Annual report of the Civil Veterinary Department, Bengal, and of the Bengal Veterinary College for the year 1904-1905 - 1904-1905
Year: 1904
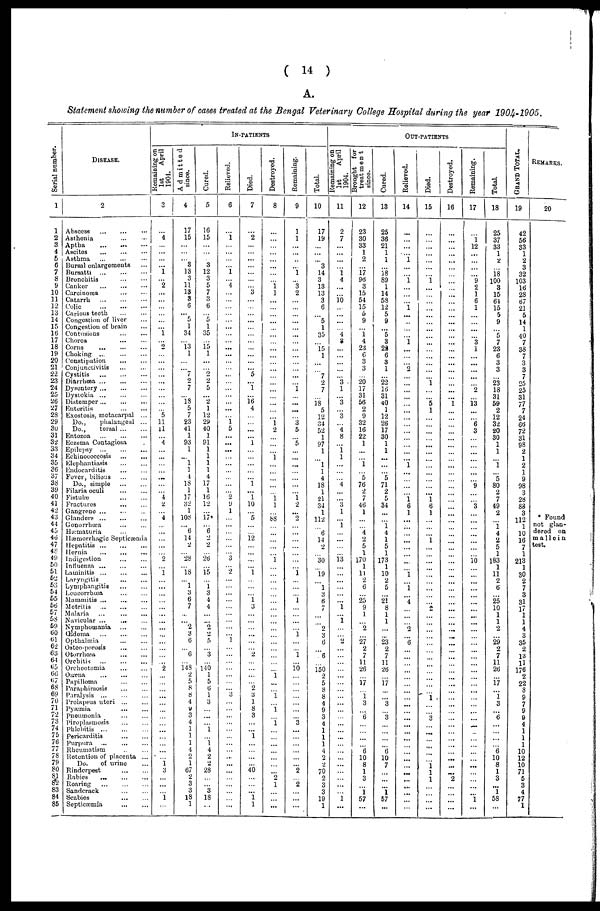
(
14
)
A.
Statement
showing
the number
of cases treated
at the Bengal
Veterinary
College
Hospital
during
the year
1904-1905.
Serial number.
1
1
2
3
4
5
6
7
8
9
10
11
12
13
14
15
16
17
18
19
20
21
22
23
24
25
26
27
28
29
30
31
32
33
34
35
36
37
38
39
40
41
42
43
44
45
46
47
48
49
50
51
52
53
54
55
56
57
58
59
60
61
62
63
64
65
66
67
68
69
70
71
72
73
74
75
76
77
78
79
80
81
82
83
84
85
DISEASE.
2
Abscess
...
...
...
Asthenia ... ...
Aptha
...
...
...
Ascites
...
...
...
Asthma ... ... ...
Bursal enlargements ...
Bursatti
...
...
...
Bronchitis
...
...
Canker ... ... ...
Carcinoma
...
...
Catarrh
...
...
...
Colic
...
...
...
Carious teeth
...
...
Congestion of liver ...
Congestion of brain ...
Contusions
...
...
Chorea ... ...
Corns ... ... ...
Choking ...
...
...
Constipation
...
...
Conjunctivitis ... ...
Cystitis ... ... ...
Diarrhœa
...
...
...
Dysentery ... ... ...
Dystokia
...
...
...
Distemper
...
...
...
Enteritis ... ...
Exostosis, metacarpal ...
Do.,
phalangeal ...
Do.,
torsal ... ...
Entozoa
...
...
...
Eczema Contagiosa .
Epilepsy ...
...
...
Echinococcosis
...
...
Elephantiasis ... ...
Endocarditis ... ...
Fever, bilious ... ...
Do., simple ... ...
Filaria oculi
...
...
Fistulæ ... ...
Fractures
...
...
Gangrene ... ... ..
Glanders ... ... ...
Gonorrhœa
...
...
Hæmaturia ...
Hæmorrhagic Septicæmia
Hepatitis
...
...
...
Hernia
...
...
...
Indigestion
...
...
Influenza
...
...
...
Laminitis ... ... ...
Laryngitis ... ...
Lymphangitis
...
...
Loucorrhœa ... ...
Mammitis ... ... ...
Metritis ... ... ...
Malaria
...
...
...
Navicular
...
...
...
Nymphomania
...
...
Œdema ... ... ...
Opthalmia ... ...
Osteo-porosis ... ...
Otorrhœa
...
...
Orchitis
...
...
...
Orcheotomia
...
...
Ozæna
...
...
...
Papilloma ... ...
Paraphimosis ... ...
Paralysis ... ... ...
Prolapsus uteri
...
...
Pyæmia
...
...
Pneumonia ... ...
Piroplasmosis
...
...
Phlebitis
...
...
...
Pericarditis
...
...
Purpura ... ... ...
Rheumatism .. ...
Retention of placenta ...
Do.
of mine ...
Rinderpest
...
...
Rabies
...
...
...
Roaring
...
...
...
Sandcrack
...
...
Scabies ... ...
Septicæmia
...
...
Remaining on
1st
April
1904.
3
...
4
...
...
...
...
1
...
2
...
...
...
...
...
...
1
...
2
...
...
...
...
...
...
...
...
...
5
11
11
...
4
...
...
...
...
...
...
...
4
2
......
4
...
...
...
...
...
2
...
1
...
...
...
...
...
...
...
...
...
...
...
...
...
2
...
...
...
...
...
...
...
...
...
...
...
...
...
1
3
...
...
...
1
...
Admitted
since.
4
17
15
...
...
...
3
13
3
11
13
3
6
...
5
1
34
...
13
1
...
...
7
2
7
...
18
5
7
23
41
1
93
1
...
1
1
4
18
1
17
32
1
108
...
6
14
2
...
28
...
18
...
1
3
6
7
...
...
2
3
6
...
6
...
148
2
5
8
8
4
a
3
4
1
1
1
4
2
1
67
2
3
3
18
1
Cured.
5
16
15
...
...
...
3
12
3
5
7
3
6
...
5
1
35
...
15
1
...
...
2
2
5
...
2
1
12
29
40
1
91
1
1
1
1
4
17
1
16
12
...
17*
...
6
2
2
...
26
...
15
...
1
3
4
4
...
...
2
2
5
...
3
...
140
1
5
6
1
3
...
...
1
...
1
4
2
2
28
...
...
3
18
...
IN-PATIENTS
Relieved.
6
...
1
...
...
...
...
1
...
4
...
...
...
...
...
...
...
...
...
...
...
...
...
...
...
...
...
...
...
1
5
...
...
...
...
...
...
...
...
...
2
9
1
...
...
...
...
...
...
3
...
2
...
...
...
...
...
...
...
...
...
1
...
...
...
...
...
...
...
3
...
...
...
...
...
...
...
...
...
...
...
...
...
...
...
...
Died.
7
...
2
...
...
...
...
...
...
...
3
...
...
...
...
...
...
...
...
...
...
...
5
...
1
...
16
4
...
...
...
...
1
...
...
...
...
...
1
...
1
10
...
5
...
...
12
...
...
...
...
1
...
...
...
1
3
...
...
...
...
...
...
2
...
...
...
...
2
3
1
8
3
...
...
1
...
...
...
...
40
...
...
...
1
1
Destroyed.
8
...
...
...
...
...
...
...
...
1
1
...
...
...
...
...
...
...
...
...
...
...
...
...
...
...
...
...
...
1
2
...
...
...
1
...
...
...
...
...
1
1
...
88
...
...
...
...
...
1
...
...
...
...
...
...
...
...
...
...
...
...
...
...
...
...
1
...
...
1
...
1
...
1
...
...
...
...
...
...
...
2
1
...
...
...
Remaining.
9
1
1
...
...
...
...
1
...
3
2
...
...
...
...
...
...
...
...
...
...
...
...
...
1
...
...
...
...
3
5
...
5
...
...
...
...
...
...
...
1
2
...
2
...
...
...
...
...
...
...
1
...
...
1
...
...
...
...
1
...
...
1
...
10
...
...
...
...
...
...
...
3
...
...
...
...
...
...
2
...
2
...
...
...
Total.
10
17
19
...
...
...
3
14
3
13
13
3
6
...
5
1
35
...
15
1
...
...
7
2
7
...
18
5
12
34
52
1
97
1
...
1
1
4
18
1
21
34
1
112
...
6
14
2
...
30
...
19
...
1
3
6
7
...
...
2
3
6
...
6
...
150
2
5
8
8
4
9
3
4
1
1
1
4
2
2
70
2
3
3
19
1
Remaining on
1st
April
1904.
11
2
7
...
...
...
...
1
4
...
...
10
...
...
...
...
4
3
...
...
...
...
...
3
1
...
3
...
3
...
4
8
...
1
1
...
...
...
4
...
...
3
1
...
1
...
...
...
...
13
...
...
...
...
...
...
1
...
1
...
...
2
...
...
...
...
...
...
...
...
...
...
...
...
...
...
...
...
...
...
...
...
...
...
1
...
Brought for
treatment
since.
12
23
30
33
1
2
...
17
96
3
15
54
15
5
9
...
1
4
23
6
3
3
...
20
17
31
56
2
9
32
16
22
1
...
...
1
...
5
76
2
7
46
1
...
...
4
2
5
1
170
1
11
2
6
...
25
9
1
...
2
...
27
2
7
11
26
17
...
1
3
...
6
...
...
...
...
6
10
8
1
3
...
1
57
...
Cured.
13
25
36
21
1
1
...
18
89
1
14
58
12
5
9
...
5
3
22
6
3
1
...
22
16
31
40
1
12
26
17
30
1
1
...
...
...
5
71
2
5
34
...
...
1
4
1
5
1
173
1
10
2
5
...
21
8
1
1
...
...
23
2
7
11
26
...
17
...
...
3
...
3
...
...
...
...
6
10
7
...
...
...
1
57
...
OUT-PATIENTS
Relieved,
14
...
...
...
...
1
...
...
1
...
...
...
1
...
...
...
...
1
...
...
...
2
...
...
...
...
...
...
...
...
...
...
...
...
...
1
...
...
...
...
1
6
1
...
...
...
...
...
...
...
...
1
...
1
...
4
...
...
...
2
...
6
...
...
...
...
...
...
...
...
...
...
...
...
...
...
...
...
...
...
...
...
...
...
...
...
Died.
15
...
...
...
...
...
...
...
1
...
...
...
...
...
...
...
...
...
...
...
...
...
...
1
...
...
5
1
...
...
...
...
...
...
...
...
...
...
...
...
1
6
1
...
...
...
1
...
...
...
...
...
...
...
...
...
2
...
...
...
...
...
...
...
...
...
...
...
...
1
...
...
3
...
...
...
...
...
...
1
1
1
...
...
...
...
Destroyed.
16
...
...
...
...
...
...
...
...
...
...
...
...
...
...
...
...
...
...
...
...
...
...
...
...
...
1
...
...
...
...
...
...
...
...
...
...
...
...
...
...
...
...
...
...
...
...
...
...
...
...
...
...
...
...
...
...
...
...
...
...
...
...
...
...
...
...
...
...
...
...
...
...
...
...
...
...
...
...
...
2
...
...
...
...
Remaining.
17
...
1
12
...
...
...
...
9
2
1
6
1
...
...
...
...
3
1
...
...
...
...
...
"2
...
13
...
...
6
3
...
...
...
...
...
...
...
9
...
...
3
...
...
...
...
...
...
...
16
...
...
...
...
...
...
...
...
...
...
...
...
...
...
...
...
...
...
...
...
...
...
...
...
...
...
...
...
...
...
...
...
...
...
1
...
Total.
18
25
37
33
1
2
...
18
100
3
15
64
15
5
9
...
5
7
23
6
3
3
...
23
18
31
59
2
12
32
20
30
1
1
...
1
...
5
80
2
7
49
2
...
1
4
2
5
1
183
1
11
2
6
...
25
10
1
1
2
...
29
2
7
11
26
...
17
...
1
3
...
6
...
...
...
...
6
10
8
1
3
...
1
58
...
GRAND TOTAL.
19
42
56
33
1
2
3
32
103
16
28
67
21
5
14
1
40
7
38
7
3
3
7
25
25
31
77
7
24
66
72
31
98
2
1
2
1
9
98
3
28
83
3
112
1
10
16
7
1
213
1
30
2
7
3
31
17
1
1
4
3
35
2
13
11
176
2
22
8
9
7
9
9
4
1
1
1
10
12
10
71
5
3
4
77
1
REMARKS,
20
* Found
not glan-
dered on
mallein
test.